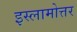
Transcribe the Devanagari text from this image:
इस्लामोत्तर